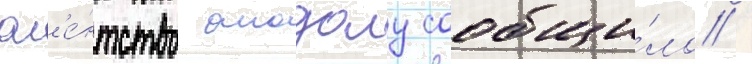
аг'е́нтство анадолу сообщи́ло /